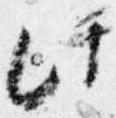
此